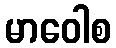
မာဝေါစ